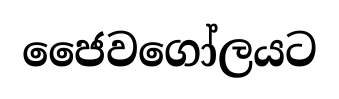
ජෛවගෝලයට